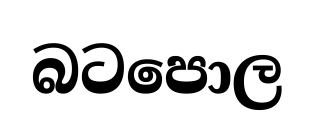
බටපොල